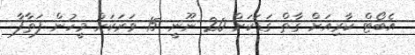
އެބޯޓް ކާރިއަށް ގާތް ގަޑަކަށް 20 ނޫނީ 15 ވަރަކަށް މީހުން ފަތާފާ